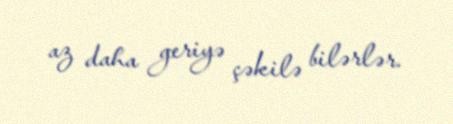
az daha geriyə çəkilə bilərlər.